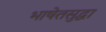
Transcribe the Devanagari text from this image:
भाषेतसुद्धा